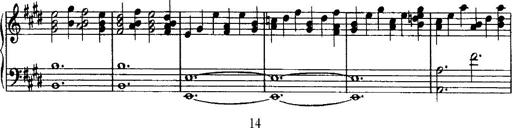
Title: Rondo di bravura
Composer: Franz Liszt